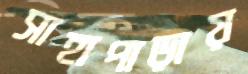
সাহাপাড়ায়